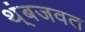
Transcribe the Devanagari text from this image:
थ्ंबजवत